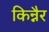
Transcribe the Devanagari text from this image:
किन्नैर